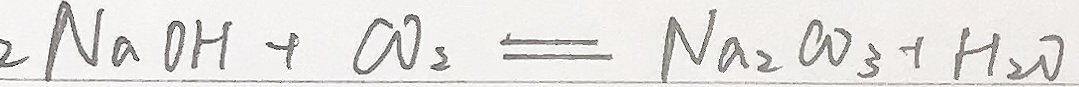
2 N a O H + C O _ { 2 } = N a _ { 2 } C O _ { 3 } + H _ { 2 } O